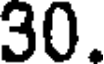
30.